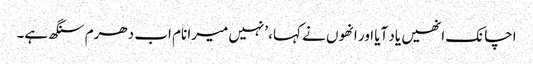
اچانک انھیں یاد آیا اور انھوں نے کہا، ’نہیں میرا نام اب دھرم سنگھ ہے۔